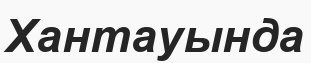
Хантауында